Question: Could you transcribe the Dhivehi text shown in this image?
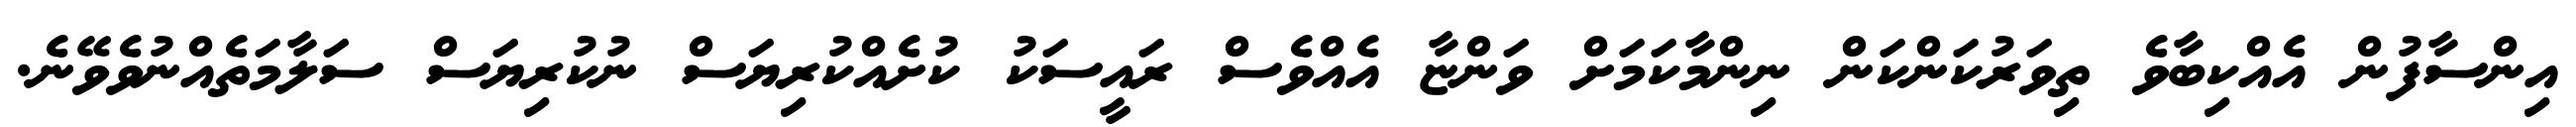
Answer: އިންސާފުން އެއްކިބާވެ ތިވަރުކަންކަން ނިންމާކަމަށް ވަންޏާ އެއްވެސް ރައީސަކު ކުށެއްކުރިޔަސް ނުކުރިޔަސް ސަލާމަތެއްނުވެވޭނެ.